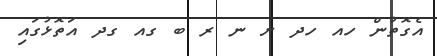
އެގޮތުން ހއ ހދ ށ ނ ރ ބ ގއ ގދ އަތޮޅުގައި